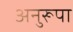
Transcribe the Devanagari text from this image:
अनुरूपा